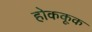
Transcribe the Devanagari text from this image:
होककूक